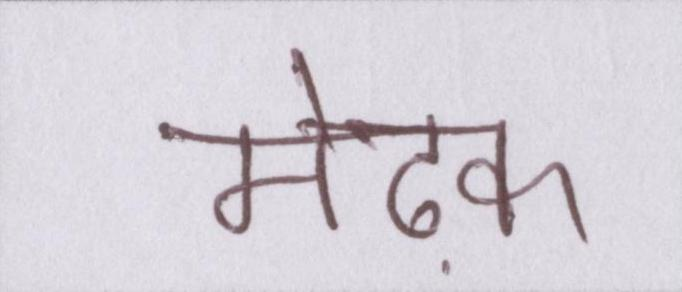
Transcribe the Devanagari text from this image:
मेढ़क